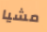
مشيا